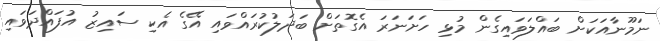
ނަމޫނާއަކަށް ބައްލަވައިގެން މުޅި ހަށަނަރަ އެގޮތަށް ބަދަލުކުރައްވައި އޭގެ އެކި ސައިޒު އުފައްދަވައި